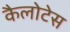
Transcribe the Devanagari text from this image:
कैलोटेस